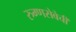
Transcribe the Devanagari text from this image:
रुग्णसेवेची